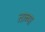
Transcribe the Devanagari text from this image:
ताब्या